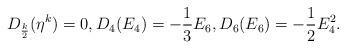
LaTeX: \begin{align*}D_{\frac k 2}(\eta^k)=0,D_{4}(E_4)=-\frac{1}3E_6, D_{6}(E_6)=-\frac{1}2E_4^2. \end{align*}